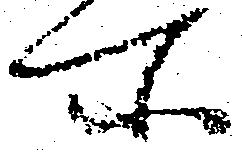
所